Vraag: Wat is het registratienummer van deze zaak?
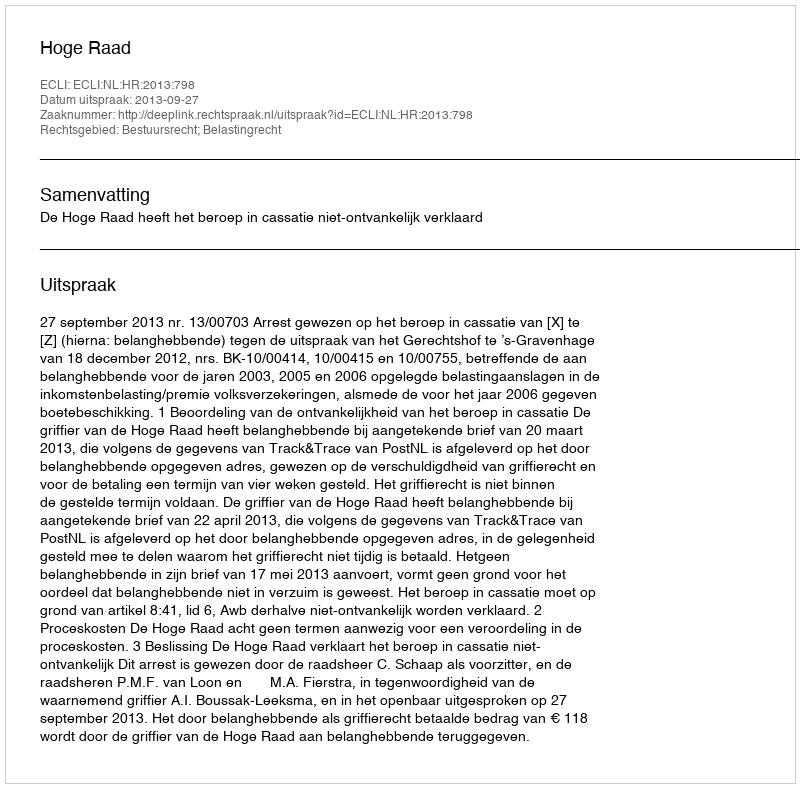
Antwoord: http://deeplink.rechtspraak.nl/uitspraak?id=ECLI:NL:HR:2013:798